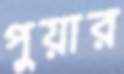
পুয়ার